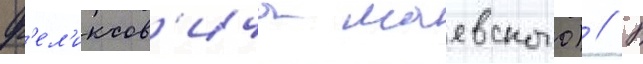
ф'ел'иксов'ича маевского) // В